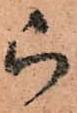
被